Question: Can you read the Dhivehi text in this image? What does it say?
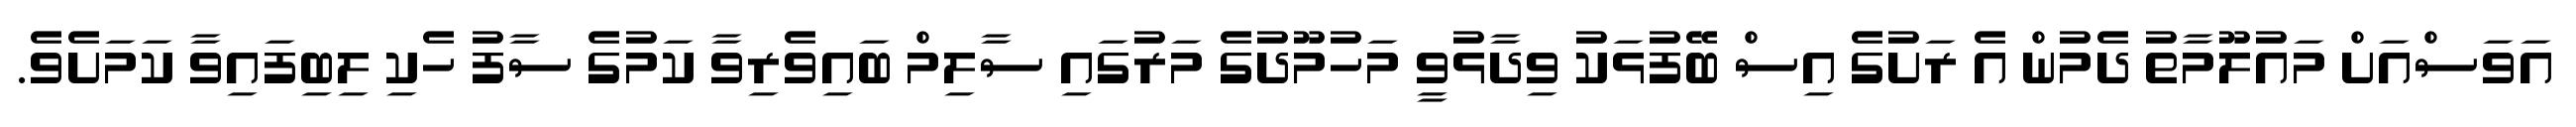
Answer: އަވަސްއަށް މައުލޫމާތު ދެމުން އެ ރަށުގެ އިސް ބޭފުޅަކު ވިދާޅުވީ މަހުމޫދުގެ މަރުގައި ސާލިމް ބައިވެރިވާ ކަމުގެ ސާފު ހެކި ލިބިފައިވާ ކަމަށެވެ.